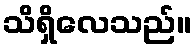
သိရှိလေသည်။